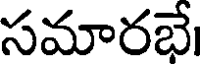
సమారభే